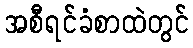
အစီရင်ခံစာထဲတွင်